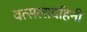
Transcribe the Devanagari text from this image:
वत्सलावहिनी